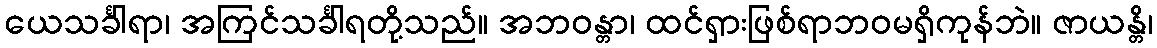
ယေသင်္ခါရာ၊ အကြင်သင်္ခါရတို့သည်။ အဘဝန္တာ၊ ထင်ရှားဖြစ်ရာဘဝမရှိကုန်ဘဲ။ ဇာယန္တိ၊